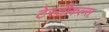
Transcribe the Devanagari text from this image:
टेस्टीकल्स